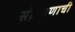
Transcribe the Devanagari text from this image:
संक्रमणाची